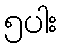
၅ပါး